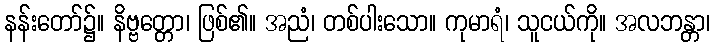
နန်းတော်၌။ နိဗ္ဗတ္တော၊ ဖြစ်၏။ အညံ၊ တစ်ပါးသော။ ကုမာရံ၊ သူငယ်ကို။ အလဘန္တာ၊